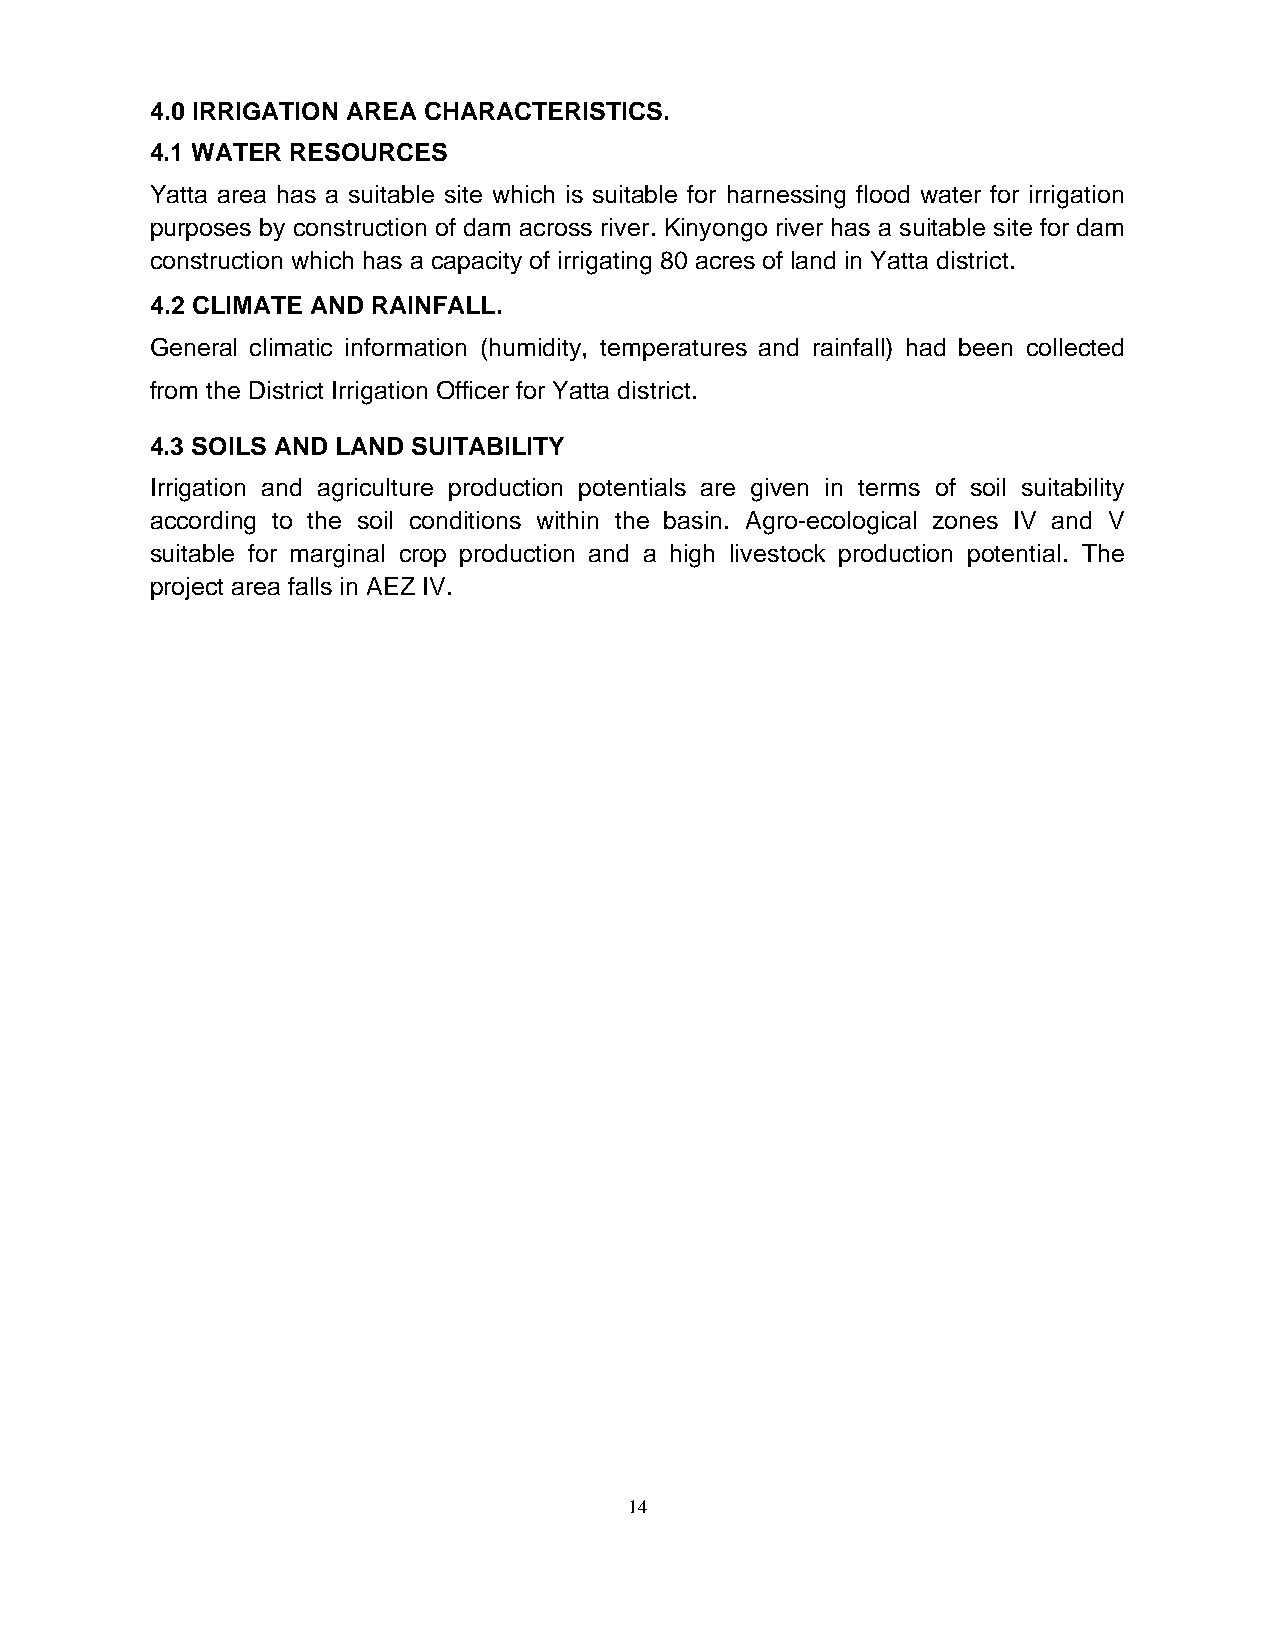
4.0 IRRIGATION AREA CHARACTERISTICS.
 4.1 WATER RESOURCES
 Yatta area has a suitable site which is suitable for harnessing flood water for irrigation
 purposes by construction of dam across river. Kinyongo river has a suitable site for dam
 construction which has a capacity of irrigating 80 acres of land in Yatta district.
 4.2 CLIMATE AND RAINFALL.
 General climatic information (humidity, temperatures and rainfall) had been collected
 from the District Irrigation Officer for Yatta district.
 4.3 SOILS AND LAND SUITABILITY
 Irrigation and agriculture production potentials are given in terms of soil suitability
 according to the soil conditions within the basin. Agro-ecological zones IV and V
 suitable for marginal crop production and a high livestock production potential. The
 project area falls in AEZ IV.
 14